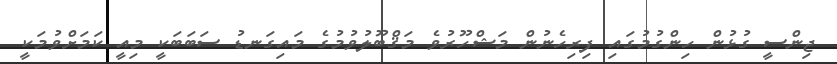
ޖިންސީ ގުޅުން ހިންގުމުގައި ފިރިހެނުން މަޝްހޫރުވެ މަޤްބޫލުވުމުގެ މައިގަނޑު ސަބަބަކީ މިއީ ކަމަށްވުމަކީ